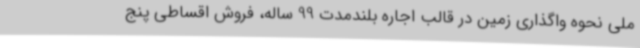
ملی نحوه واگذاری زمین در قالب اجاره بلندمدت 99 ساله، فروش اقساطی پنج